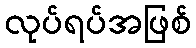
လုပ်ရပ်အဖြစ်